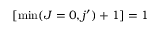
[ \operatorname* { m i n } ( J = 0 , j ^ { \prime } ) + 1 ] = 1